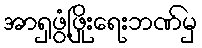
အာရှဖွံ့ဖြိုးရေးဘဏ်မှ